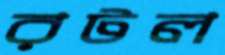
রটল